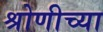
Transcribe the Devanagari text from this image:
श्रोणीच्या